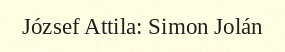
József Attila: Simon Jolán